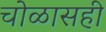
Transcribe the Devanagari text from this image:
चोळासही